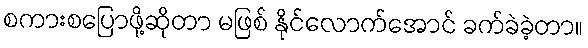
စကားစပြောဖို့ဆိုတာ မဖြစ် နိုင်လောက်အောင် ခက်ခဲခဲ့တာ။